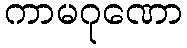
ကာမဂုဏော